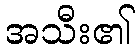
အသီး၏